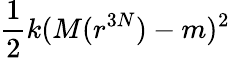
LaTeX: \frac{1}{2}k(M(r^{3N})-m)^{2}